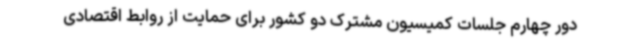
دور چهارم جلسات کمیسیون مشترک دو کشور برای حمایت از روابط اقتصادی